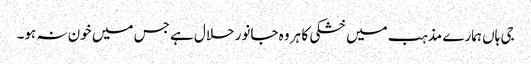
جی ہاں ہمارے مذہب میں خشکی کا ہر وہ جانور حلال ہے جس میں خون نہ ہو۔